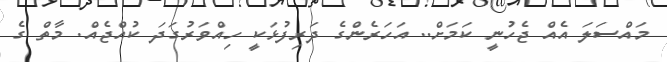
މައްސަލަ އެއް ޖެހުނީ ކަމަށް.. އަހަރެންގެ ދަރިފުޅަކީ ހިއްވަރުގަދަ ކުއްޖެއް. މާތް ގެ